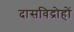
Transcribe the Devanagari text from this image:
दासविद्रोहों